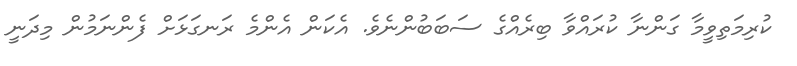
ކުރިމަތިވީމާ ގަންނާ ކުރައްވާ ބިރެއްގެ ސަބަބުންނެވެ. އެކަން އެންމެ ރަނގަޅަށް ފެންނަމުން މިދަނީ